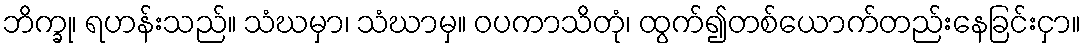
ဘိက္ခု၊ ရဟန်းသည်။ သံဃမှာ၊ သံဃာမှ။ ဝပကာသိတုံ၊ ထွက်၍တစ်ယောက်တည်းနေခြင်းငှာ။